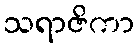
သရာဇိကာ